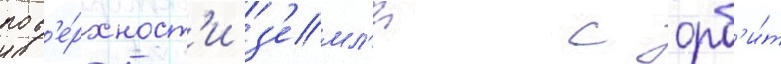
пов'е́рхност'и з'емл'и с орб'и́т